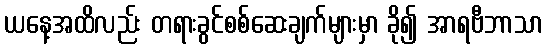
ယနေ့အထိလည်း တရားခွင်စစ်ဆေးချက်များမှာ ခို၍ အာရဗီဘာသာ